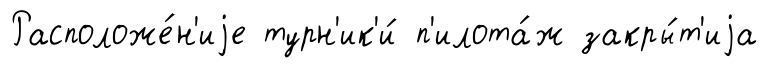
Расположе́н'иjе турн'ик'и́ п'илота́ж закры́т'иjа